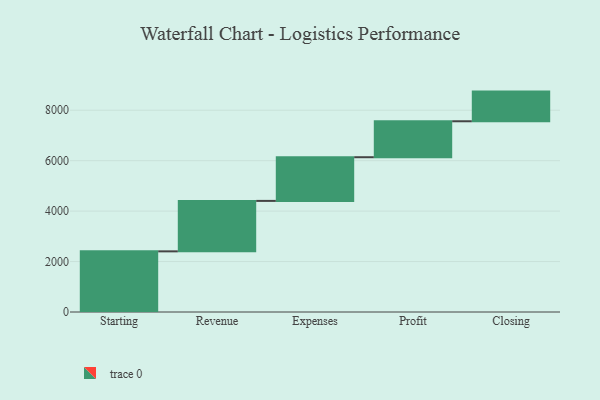
{"axis": {"x": "Step", "y": "Value"}, "legend": [""], "data": [{"x": "Starting", "y": 2405.0, "type": ""}, {"x": "Revenue", "y": 2000.0, "type": ""}, {"x": "Expenses", "y": 1732.0, "type": ""}, {"x": "Profit", "y": 1426.0, "type": ""}, {"x": "Closing", "y": 1176.0, "type": ""}]}